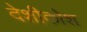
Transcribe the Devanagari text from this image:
देशीकोश